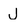
Character: J